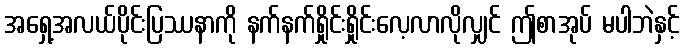
အရှေ့အလယ်ပိုင်းပြဿနာကို နက်နက်ရှိုင်းရှိုင်းလေ့လာလိုလျှင် ဤစာအုပ် မပါဘဲနှင့်